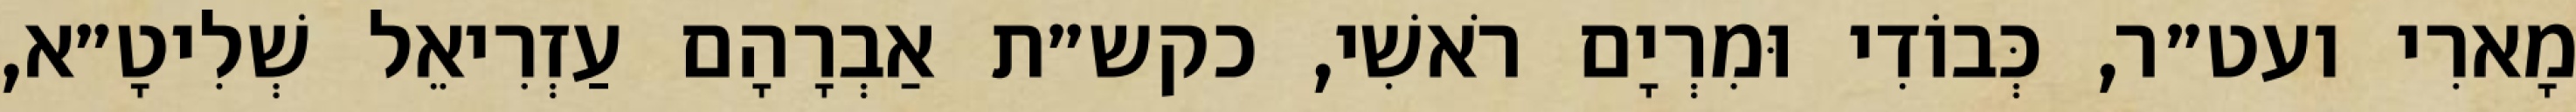
מָארִי ועט״ר, כְּבוֹדִי וּמִרְיָם רֹאשִׁי, כקש״ת אַבְרָהָם עַזְרִיאֵל שְׁלִיטָ״א,